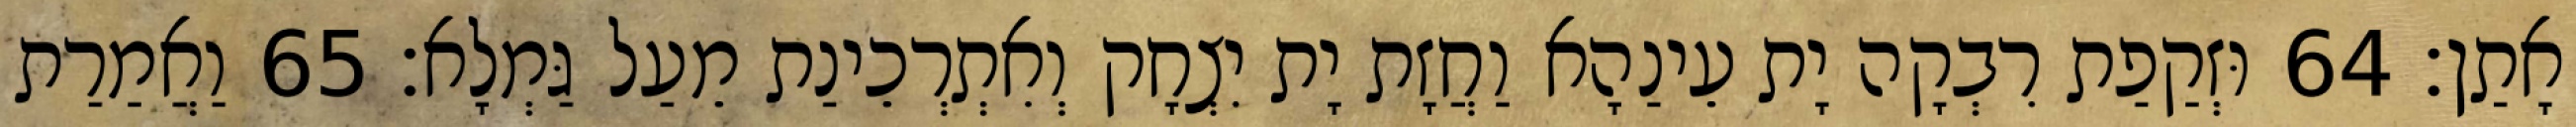
אָתַן׃ 64 וּזְקַפַת רִבְקָה יָת עֵינַהָא וַחֲזָת יָת יִצְחָק וְאִתְרְכֵינַת מֵעַל גַּמְלָא׃ 65 וַאֲמַרַת